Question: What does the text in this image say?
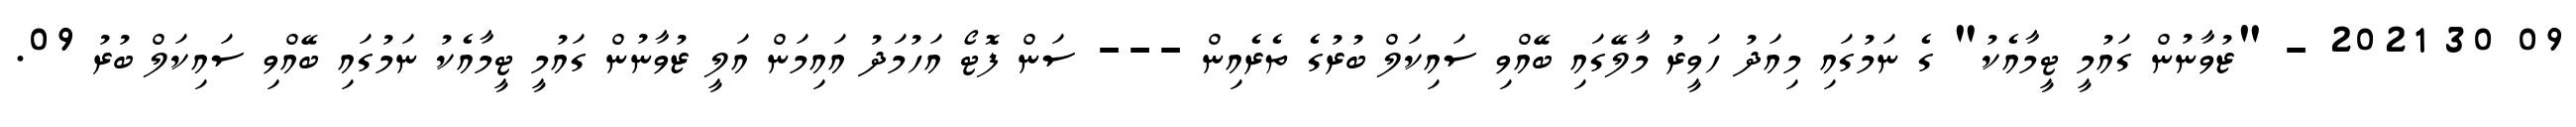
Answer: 09 30 2021 - "ޒުވާނުން ގައުމީ ޓީމާއެކު" ގެ ނަމުގައި މިއަދު ހަވީރު މާލޭގައި ބޭއްވި ސައިކަލް ބުރުގެ ތެރެއިން --- ސަން ފޮޓޯ އަހުމަދު އައިމަން އަލީ ޒުވާނުން ގައުމީ ޓީމާއެކު ނަމުގައި ބޭއްވި ސައިކަލް ބުރު 09.